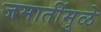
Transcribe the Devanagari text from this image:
जमातींमुळे